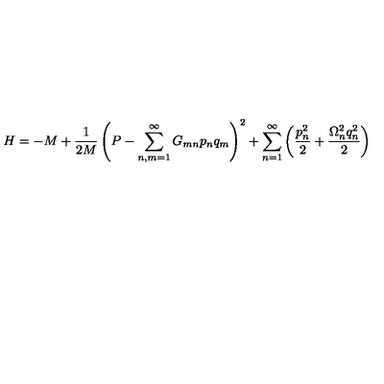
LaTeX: H = - M + \frac { 1 } { 2 M } \left( P - \sum _ { n , m = 1 } ^ { \infty } G _ { m n } p _ { n } q _ { m } \right) ^ { 2 } + \sum _ { n = 1 } ^ { \infty } \left( \frac { p _ { n } ^ { 2 } } { 2 } + \frac { \Omega _ { n } ^ { 2 } q _ { n } ^ { 2 } } { 2 } \right)